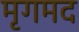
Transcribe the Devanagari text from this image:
मृगमद